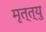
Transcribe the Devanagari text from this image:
मृत्त्यु